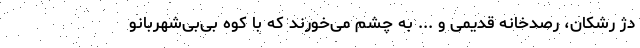
دژ رشکان، رصدخانه قدیمی و ... به چشم می‌خورند که با کوه بی‌بی‌شهربانو